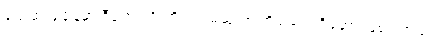
သေဆုံးခဲ့ချိန်မှာ ဒီရောဂါပိုးကို ပထမဆုံးအကြိမ် တွေ့ရှိခဲ့တာ ဖြစ်ပါတယ်။